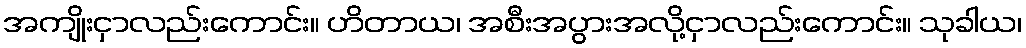
အကျိုးငှာလည်းကောင်း။ ဟိတာယ၊ အစီးအပွားအလို့ငှာလည်းကောင်း။ သုခါယ၊